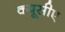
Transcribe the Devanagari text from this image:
क्यूसीए